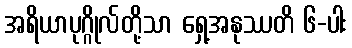
အရိယာပုဂ္ဂိုလ်တို့သာ ရှေ့အနုဿတိ ၆-ပါး